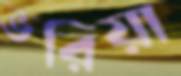
ভরিয়া